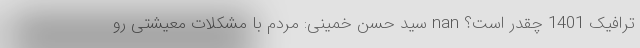
ترافیک 1401 چقدر است؟ nan سید حسن خمینی: مردم با مشکلات معیشتی رو